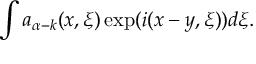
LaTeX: \int a _ { \alpha - k } ( x , \xi ) \exp ( i ( x - y , \xi ) ) d \xi .